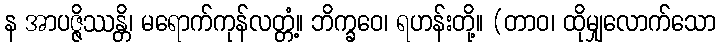
န အာပဇ္ဇိဿန္တိ၊ မရောက်ကုန်လတ္တံ့။ ဘိက္ခဝေ၊ ရဟန်းတို့။ (တာဝ၊ ထိုမျှလောက်သော